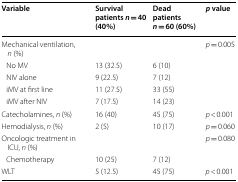
<table><thead><tr><td><b>Variable</b></td><td><b>Survival patients <i>n</i> = 40 (40%)</b></td><td><b>Dead patients <i>n</i> = 60 (60%)</b></td><td><b><i>p</i> value</b></td></tr></thead><tbody><tr><td>Mechanical ventilation, <i>n</i> (%)</td><td></td><td></td><td><i>p</i> = 0.005</td></tr><tr><td> No MV</td><td>13 (32.5)</td><td>6 (10)</td><td></td></tr><tr><td> NIV alone</td><td>9 (22.5)</td><td>7 (12)</td><td></td></tr><tr><td> iMV at first line</td><td>11 (27.5)</td><td>33 (55)</td><td></td></tr><tr><td> iMV after NIV</td><td>7 (17.5)</td><td>14 (23)</td><td></td></tr><tr><td>Catecholamines, <i>n</i> (%)</td><td>16 (40)</td><td>45 (75)</td><td><i>p</i> &lt; 0.001</td></tr><tr><td>Hemodialysis, <i>n</i> (%)</td><td>2 (5)</td><td>10 (17)</td><td><i>p</i> = 0.060</td></tr><tr><td>Oncologic treatment in ICU, <i>n</i> (%)</td><td></td><td></td><td><i>p</i> = 0.080</td></tr><tr><td> Chemotherapy</td><td>10 (25)</td><td>7 (12)</td><td></td></tr><tr><td>WLT</td><td>5 (12.5)</td><td>45 (75)</td><td><i>p</i> &lt; 0.001</td></tr></tbody></table>